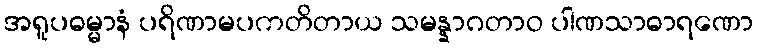
အရူပဓမ္မာနံ ပရိဏာမပကတိတာယ သမန္နာဂတာဝ ပါဏသာဓာရဏော